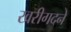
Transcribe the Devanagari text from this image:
खरीगदने